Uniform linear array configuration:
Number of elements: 8
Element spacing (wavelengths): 0.75
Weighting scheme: blackman
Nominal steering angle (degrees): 15
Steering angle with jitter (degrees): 16.396
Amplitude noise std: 0.05
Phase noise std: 0.05

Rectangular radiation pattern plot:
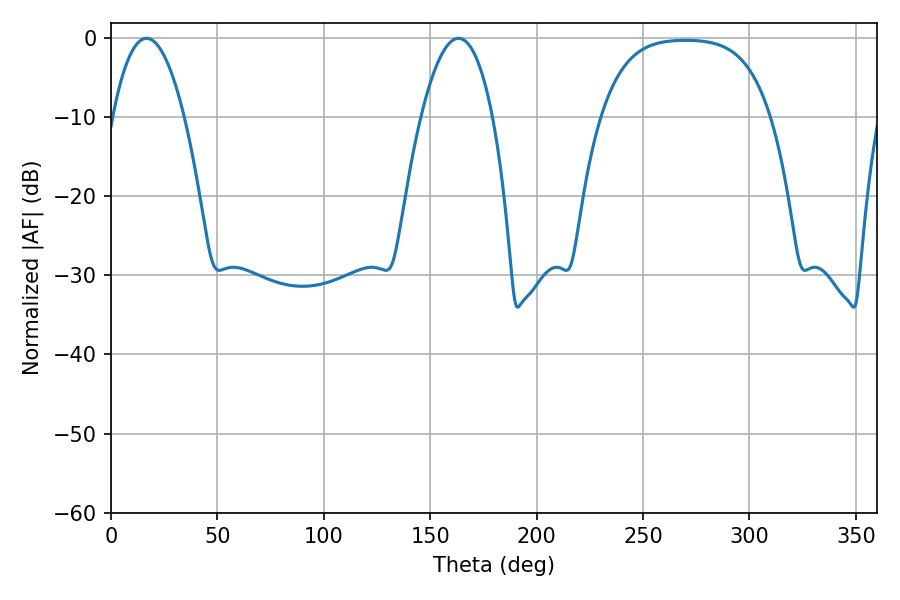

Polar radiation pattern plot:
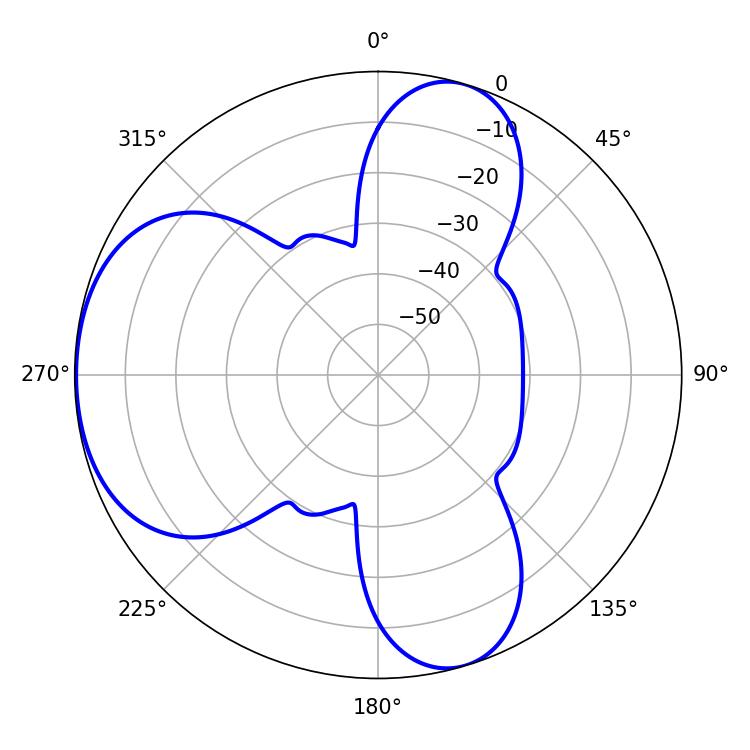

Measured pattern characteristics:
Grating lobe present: TRUE
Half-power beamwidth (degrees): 18.54
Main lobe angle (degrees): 16.74